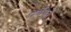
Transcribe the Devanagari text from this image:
पर्यकों